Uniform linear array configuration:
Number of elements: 24
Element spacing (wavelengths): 0.25
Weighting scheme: hann
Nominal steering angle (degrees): -60
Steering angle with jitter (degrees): -61.683
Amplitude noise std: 0.05
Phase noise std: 0.05

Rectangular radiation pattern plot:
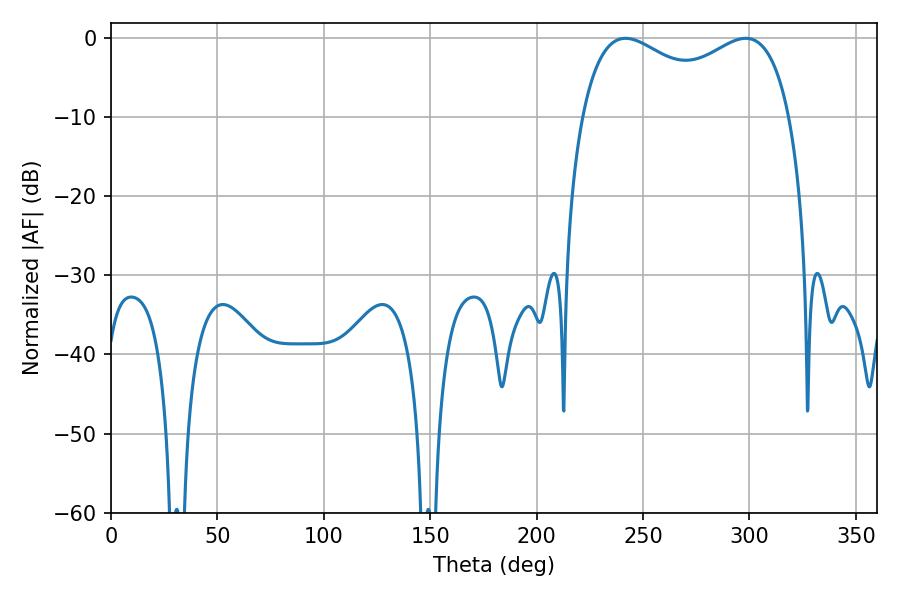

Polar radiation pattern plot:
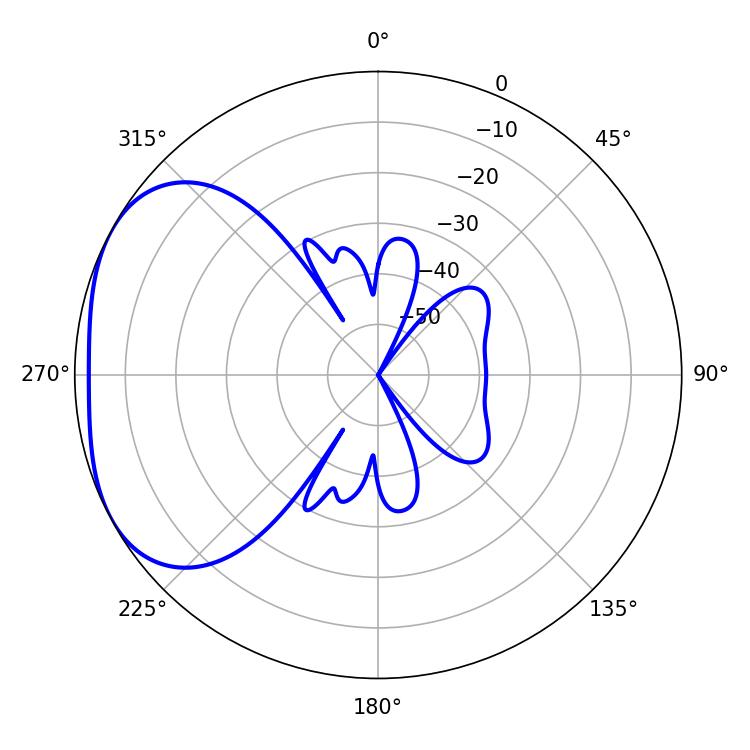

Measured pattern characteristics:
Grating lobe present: FALSE
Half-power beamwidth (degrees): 81.36
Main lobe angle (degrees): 241.74